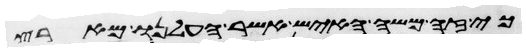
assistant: כי זה משה האיש אשר העלנו מארץ